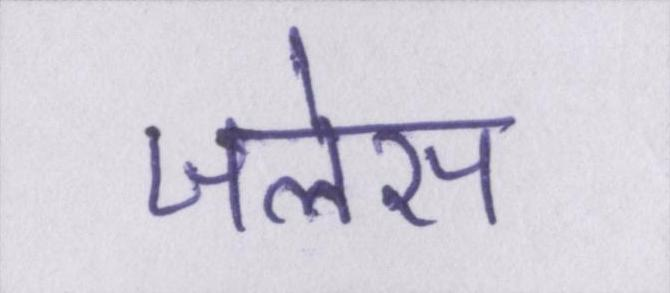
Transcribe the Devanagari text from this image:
जलेस